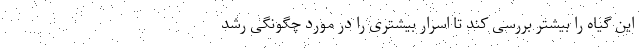
این گیاه را بیشتر بررسی کند تا اسرار بیشتری را در مورد چگونگی رشد